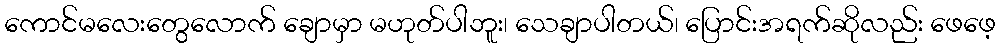
ကောင်မလေးတွေလောက် ချောမှာ မဟုတ်ပါဘူး၊ သေချာပါတယ်၊ ပြောင်းအရက်ဆိုလည်း ဖေဖေ့